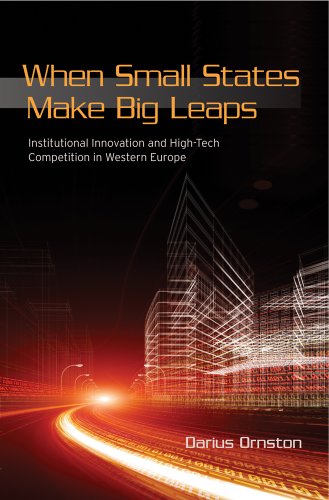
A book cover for When Small States Make Big Leaps: Institutional Innovation and High-Tech Competition in Western Europe (Cornell Studies in Political Economy); Darius Ornston; Business & Money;